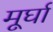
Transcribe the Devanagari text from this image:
मूर्घा